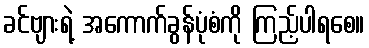
ခင်ဗျားရဲ့ အကောက်ခွန်ပုံစံကို ကြည့်ပါရစေ။